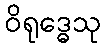
ဝိရုဒ္ဓေသု